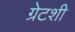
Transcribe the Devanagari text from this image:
ग्रेटशी